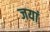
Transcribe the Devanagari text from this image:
जयां